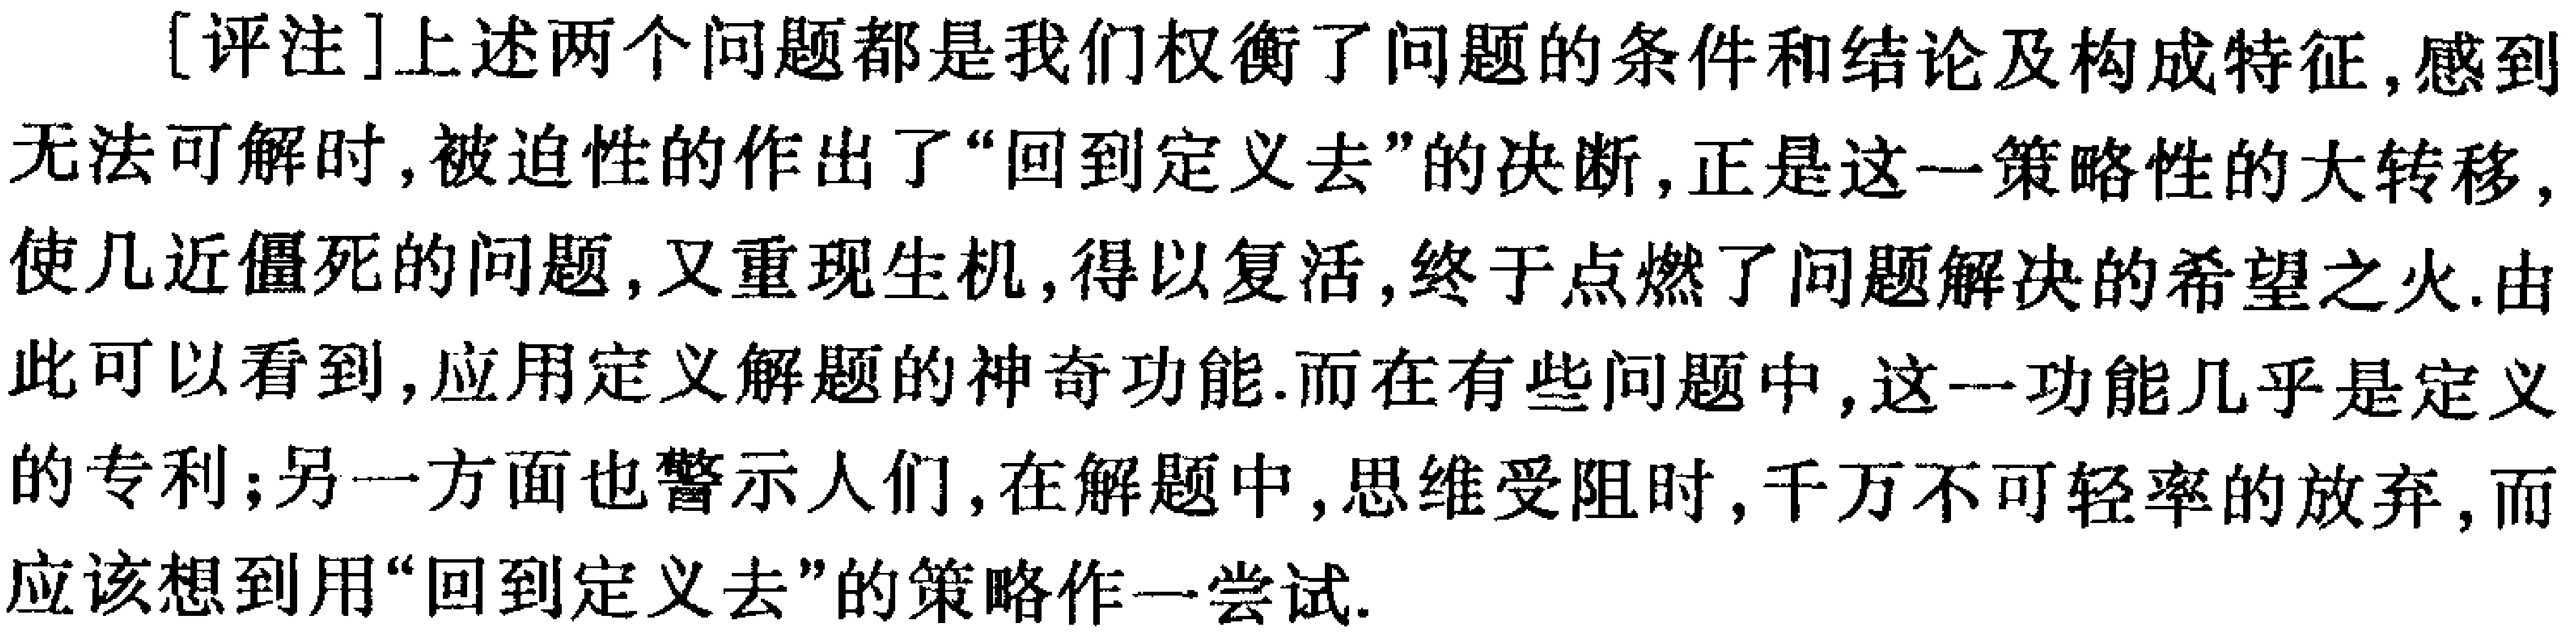
[评注]上述两个问题都是我们权衡了问题的条件和结论及构成特征,感到无法可解时,被迫性的作出了“回到定义去”的决断,正是这一策略性的大转移,使几近僵死的问题,又重现生机,得以复活,终于点燃了问题解决的希望之火.由此可以看到,应用定义解题的神奇功能.而在有些问题中,这一功能几乎是定义的专利;另一方面也警示人们,在解题中,思维受阻时,千万不可轻率的放弃,而应该想到用“回到定义去”的策略作一尝试.